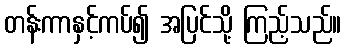
တန်းကာနှင့်ကပ်၍ အပြင်သို့ ကြည့်သည်။